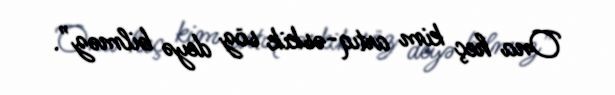
Ona heç kim artıq-əskik söz deyə bilməz”.